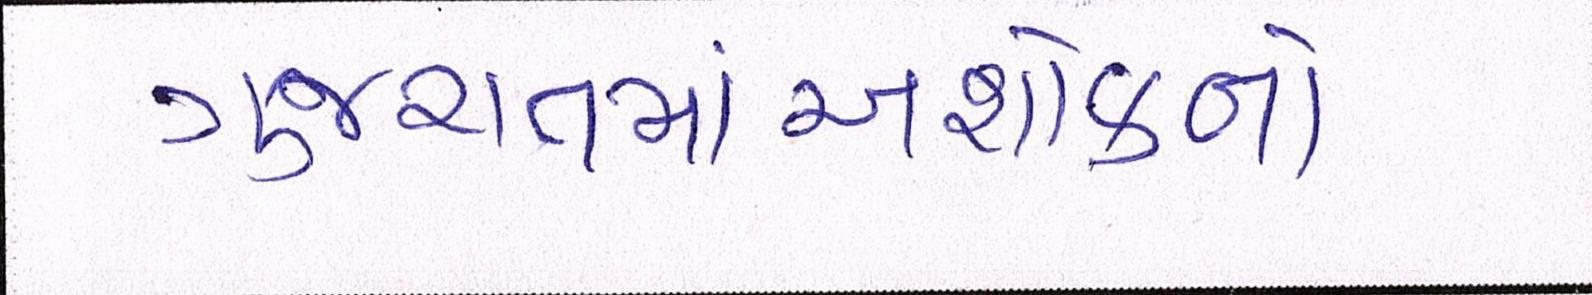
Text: ગુજરાતમાંઅશોકનો